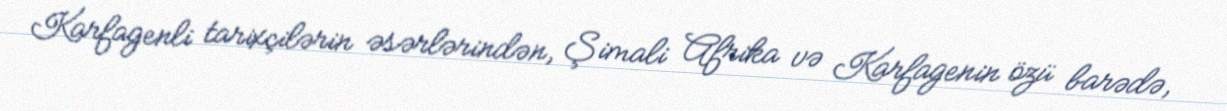
Karfagenli tarixçilərin əsərlərindən, Şimali Afrika və Karfagenin özü barədə,